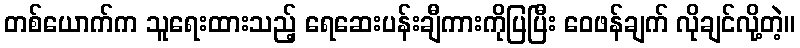
တစ်ယောက်က သူရေးထားသည့် ရေဆေးပန်းချီကားကိုပြပြီး ဝေဖန်ချက် လိုချင်လို့တဲ့။